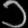
Digit: ၁